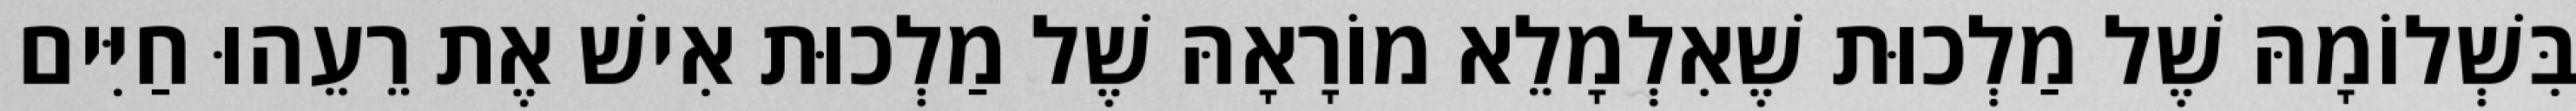
בִּשְׁלוֹמָהּ שֶׁל מַלְכוּת שֶׁאִלְמָלֵא מוֹרָאָהּ שֶׁל מַלְכוּת אִישׁ אֶת רֵעֵהוּ חַיִּים